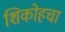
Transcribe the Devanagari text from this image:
शिकोहचा